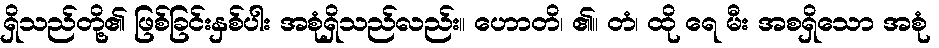
ရှိသည်တို့၏ ဖြစ်ခြင်းနှစ်ပါး အစုံရှိသည်လည်း။ ဟောတိ၊ ၏။ တံ၊ ထို ရေ မီး အစရှိသော အစုံ